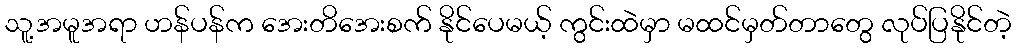
သူ့အမူအရာ ဟန်ပန်က အေးတိအေးစက် နိုင်ပေမယ့် ကွင်းထဲမှာ မထင်မှတ်တာတွေ လုပ်ပြနိုင်တဲ့